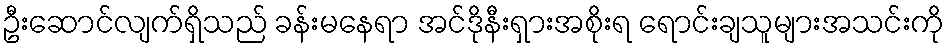
ဦးဆောင်လျက်ရှိသည် ခန်းမနေရာ အင်ဒိုနီးရှားအစိုးရ ရောင်းချသူများအသင်းကို